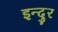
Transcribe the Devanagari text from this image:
इन्दुर